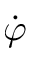
\dot { \varphi }